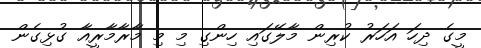
މީގެ ދިހަ އަހަރު ކުރިން މާލޭގައި ހިންގި މި މި މާރާމާރީއާ ގުޅިގެން